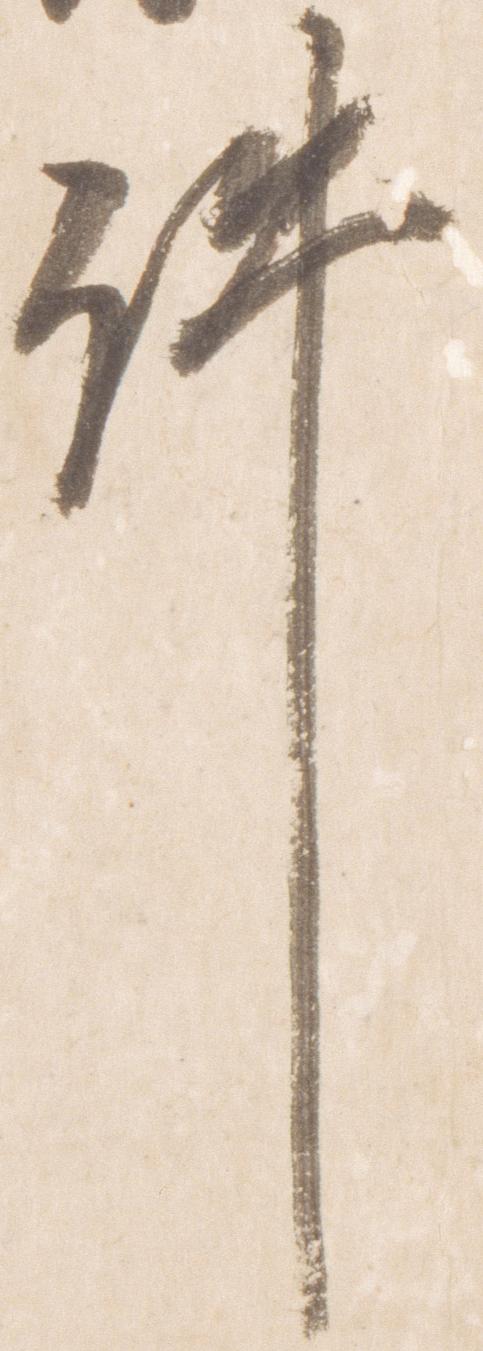
件